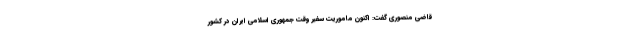
قاضی منصوری گفت: اکنون ماموریت سفیر وقت جمهوری اسلامی ایران در کشور